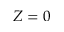
Z = 0